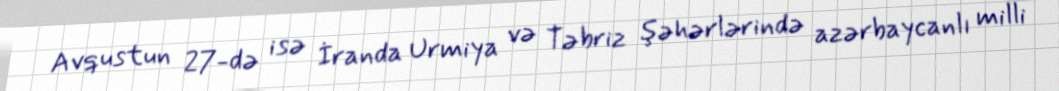
Avqustun 27-də isə İranda Urmiya və Təbriz şəhərlərində azərbaycanlı milli